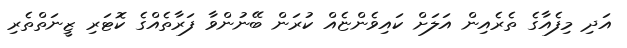
އަދި މިފެއާގެ ތެރެއިން އަލަށް ކައިވެންޏެއް ކުރަން ބޭނުންވާ ފަރާތެއްގެ ކޮޓަރި ޒީނަތްތެރި